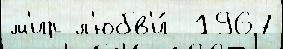
м'ир л'юбв'и́  1967